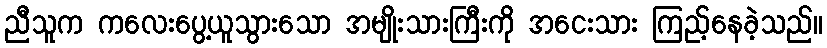
ညီသူက ကလေးပွေ့ယူသွားသော အမျိုးသားကြီးကို အငေးသား ကြည့်နေခဲ့သည်။